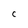
Character: C